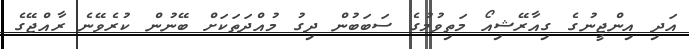
އަދި އިންޖީނުގެ ގިއާރޭޝިއޯ މަތިވުމުގެ ސަބަބުން ދިގު މުއްދަތަކަށް ބޭނުން ކުރެވޭނެ ރާއްޖޭގެ